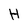
Character: H